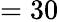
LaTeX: =30